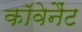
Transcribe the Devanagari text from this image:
काॅवेनैंट